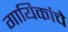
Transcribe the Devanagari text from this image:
गायिकांचे